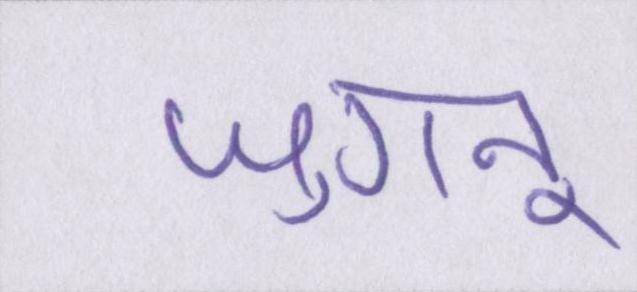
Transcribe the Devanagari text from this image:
जुगनू